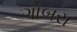
ગોબરા